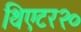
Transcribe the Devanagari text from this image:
थिएटर२०